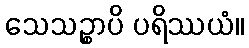
သေသဉ္စာပိ ပရိဿယံ။